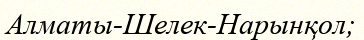
Алматы-Шелек-Нарынқол;